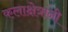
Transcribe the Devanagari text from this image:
कलाक्षेत्रांनी